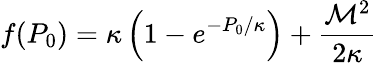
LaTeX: f(P_{0})=\kappa\left(1-e^{-P_{0}/\kappa}\right)+\frac{{\cal M}^{2}}{2\kappa}